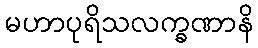
မဟာပုရိသလက္ခဏာနိ